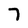
Character: 7